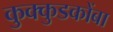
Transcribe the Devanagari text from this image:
कुक्कुडकोंबा